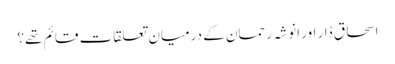
اسحاق ڈار اور انوشہ رحمان کے درمیان تعلقات قائم تھے؟